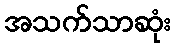
အသက်သာဆုံး